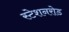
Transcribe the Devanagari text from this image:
स्टेशनरोड